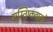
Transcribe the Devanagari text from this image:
मस्तिष्कवालों